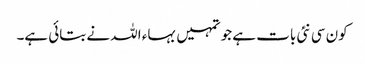
کون سی نئی بات ہے جو تمہیں بہاء اللہ نے بتائی ہے۔